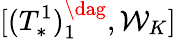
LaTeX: [(T_{*}^{1})_{1}^{\dag},\mathcal{W}_{K}]